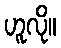
ဟူလို။